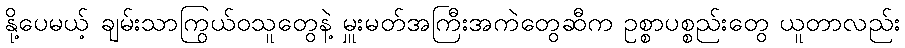
နို့ပေမယ့် ချမ်းသာကြွယ်ဝသူတွေနဲ့ မှူးမတ်အကြီးအကဲတွေဆီက ဥစ္စာပစ္စည်းတွေ ယူတာလည်း